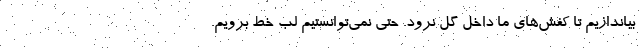
بیاندازیم تا کفش‌های ما داخل گل نرود. حتی نمی‌توانستیم لب خط برویم.